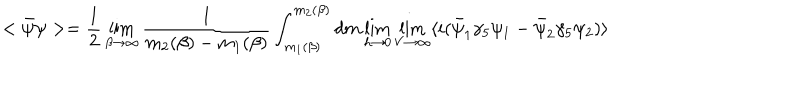
LaTeX: < \bar { \psi } \psi > = { \frac { 1 } { 2 } } \lim _ { \beta \rightarrow \infty } { \frac { 1 } { m _ { 2 } ( \beta ) - m _ { 1 } ( \beta ) } } \int _ { m _ { 1 } ( \beta ) } ^ { m _ { 2 } ( \beta ) } d m \lim _ { h \rightarrow 0 } \lim _ { V \rightarrow \infty } \langle i ( \bar { \psi } _ { 1 } \gamma _ { 5 } \psi _ { 1 } - \bar { \psi } _ { 2 } \gamma _ { 5 } \psi _ { 2 } ) \rangle